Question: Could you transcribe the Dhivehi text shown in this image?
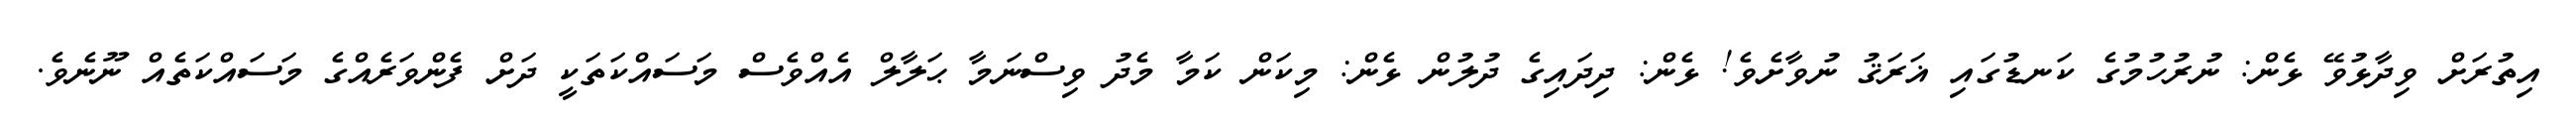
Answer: އިތުރަށް ވިދާޅުވޭ ޅެން: ނުރުހުމުގެ ކަނޑުގައި ޣަރަޤު ނުވާށެވެ! ޅެން: ދިދައިގެ ދުލުން ޅެން: މިކަން ކަމާ މެދު ވިސްނަމާ ޙަލާލް އެއްވެސް މަސައްކަތަކީ ދަށް ފެންވަރެއްގެ މަސައްކަތެއް ނޫނެވެ.